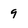
Character: 9